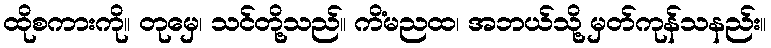
ထိုစကားကို။ တုမှေ၊ သင်တို့သည်။ ကိံမညထ၊ အဘယ်သို့ မှတ်ကုန်သနည်း။